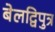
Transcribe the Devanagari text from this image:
बेलद्विपुत्र